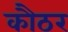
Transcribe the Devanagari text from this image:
कौठर